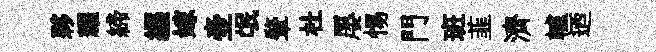
夥耀締纒嫁壺氓肇杜屡惕門班韮濟轤迺